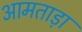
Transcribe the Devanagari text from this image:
आमताड़ा